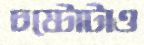
চষ্টোটাও